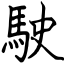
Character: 駛